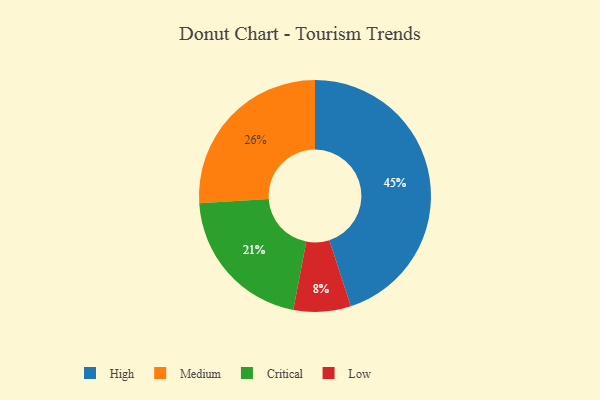
{"axis": {"x": "Category", "y": "Percentage"}, "legend": ["Critical", "High", "Low", "Medium"], "data": [{"x": "High", "y": 45, "type": "High"}, {"x": "Medium", "y": 26, "type": "Medium"}, {"x": "Critical", "y": 21, "type": "Critical"}, {"x": "Low", "y": 8, "type": "Low"}]}